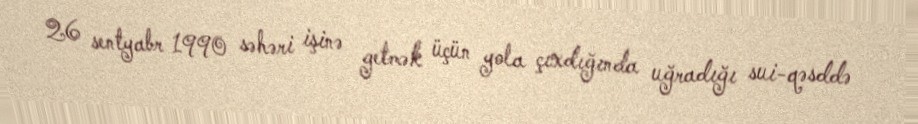
26 sentyabr 1990 səhəri işinə getmək üçün yola çıxdığında uğradığı sui-qəsddə